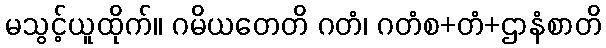
မသွင့်ယူထိုက်။ ဂမိယတေတိ ဂတံ၊ ဂတံစ+တံ+ဌာနံစာတိ